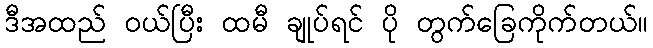
ဒီအထည် ဝယ်ပြီး ထမီ ချုပ်ရင် ပို တွက်ခြေကိုက်တယ်။